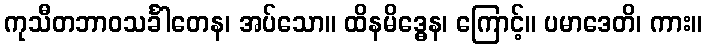
ကုသီတဘာဝသင်္ခါတေန၊ အပ်သော။ ထိနမိဒ္ဓေန၊ ကြောင့်။ ပမာဒေတိ၊ ကား။